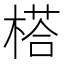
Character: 榙